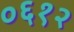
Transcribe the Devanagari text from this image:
०६१२